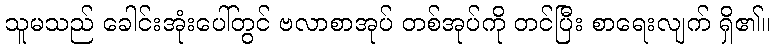
သူမသည် ခေါင်းအုံးပေါ်တွင် ဗလာစာအုပ် တစ်အုပ်ကို တင်ပြီး စာရေးလျက် ရှိ၏။